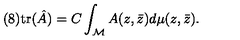
( 8 ) \mathrm { t r } ( \hat { A } ) = C \int _ { \cal M } A ( z , \bar { z } ) d \mu ( z , \bar { z } ) .